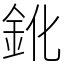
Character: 鈋